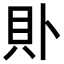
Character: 𧴤